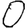
Digit: 0